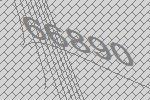
66890